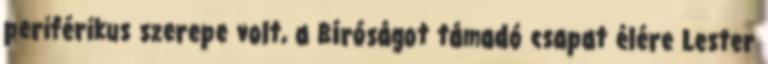
periférikus szerepe volt, a Bíróságot támadó csapat élére Lester